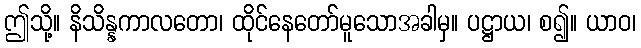
ဤသို့။ နိသိန္နကာလတော၊ ထိုင်နေတော်မူသောအခါမှ။ ပဋ္ဌာယ၊ စ၍။ ယာဝ၊